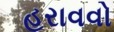
હરાવવો